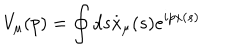
V _ { \mu } ( p ) = \oint d s \stackrel { . } { x } _ { \mu } ( s ) e ^ { i p x ( s ) }